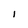
Character: I